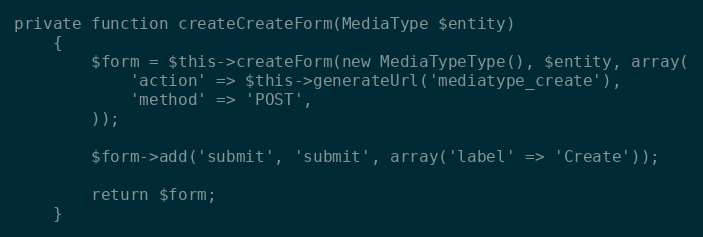
Language: PHP
private function createCreateForm(MediaType $entity)
    {
        $form = $this->createForm(new MediaTypeType(), $entity, array(
            'action' => $this->generateUrl('mediatype_create'),
            'method' => 'POST',
        ));

        $form->add('submit', 'submit', array('label' => 'Create'));

        return $form;
    }